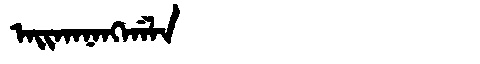
Manchu: ᠠᡳᡴᠠᠨᠠᠩᡤᠠᠯᠠ
Romanization: AIKANANGGALA